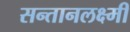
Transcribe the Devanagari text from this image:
सन्तानलक्ष्मी